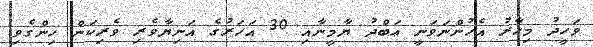
ވަހީދު މިހާރު އެހުންނަވަނީ ޢަބްދު ޔާމީނާއި 30 އަހަރުގެ އަނިޔާވެރި ވެރިކަން ހިންގެވި